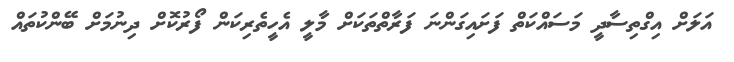
އަލަށް އިގްތިސާދީ މަސައްކަތް ފަށައިގަންނަ ފަރާތްތަކަށް މާލީ އެހީތެރިކަން ފޯރުކޮށް ދިނުމަށް ބޭންކުތައް